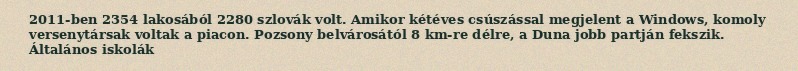
2011-ben 2354 lakosából 2280 szlovák volt. Amikor kétéves csúszással megjelent a Windows, komoly versenytársak voltak a piacon. Pozsony belvárosától 8 km-re délre, a Duna jobb partján fekszik. Általános iskolák